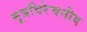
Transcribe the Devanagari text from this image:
मूत्रविरेचनीय